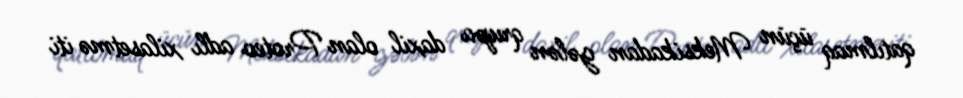
qatılmaq üçün Meksikadan gələn qrupa daxil olan Proteo adlı xilasetmə iti